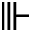
\Vvdash